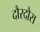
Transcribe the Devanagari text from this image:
दौरदौरा